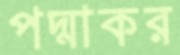
পদ্মাকর